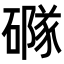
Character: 𥖐